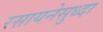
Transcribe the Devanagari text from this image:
रसायनेसुध्दा